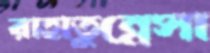
রাহাতুন্নেসা